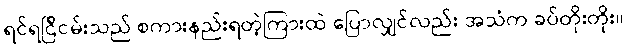
ရင်ရင်ြိငမ်းသည် စကားနည်းရတဲ့ကြားထဲ ပြောလျှင်လည်း အသံက ခပ်တိုးတိုး။